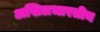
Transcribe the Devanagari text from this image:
अखिलभारतीय